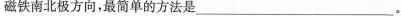
磁铁南北极方向，最简单的方法是__